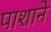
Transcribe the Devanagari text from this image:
पाशाने